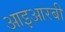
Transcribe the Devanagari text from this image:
आइआरबी